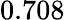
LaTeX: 0.708